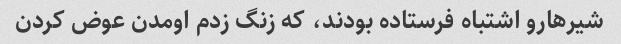
شیرهارو اشتباه فرستاده بودند، که زنگ زدم اومدن عوض کردن